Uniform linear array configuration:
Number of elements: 16
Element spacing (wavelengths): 0.75
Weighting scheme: blackman
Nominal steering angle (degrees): -45
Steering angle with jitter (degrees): -43.316
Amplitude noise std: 0.05
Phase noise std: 0.05

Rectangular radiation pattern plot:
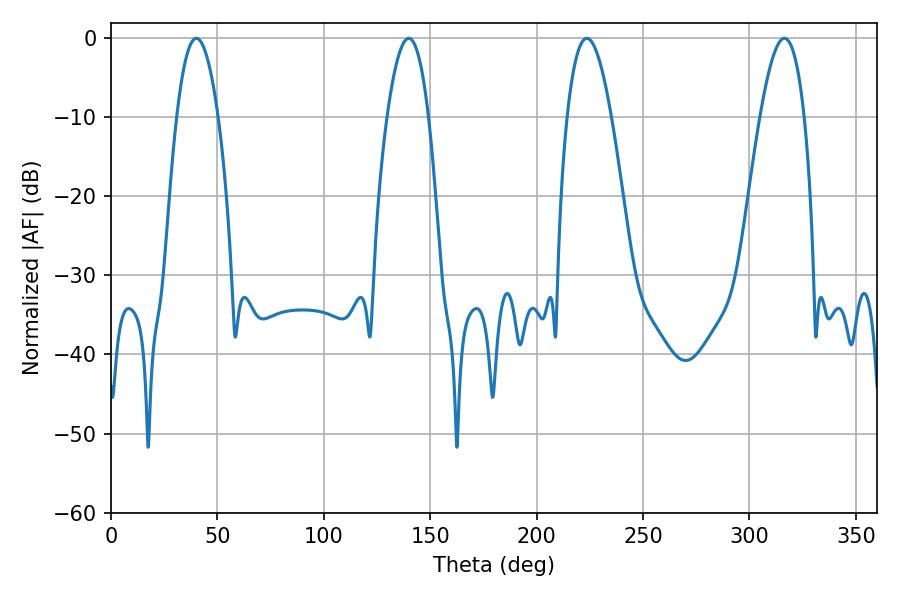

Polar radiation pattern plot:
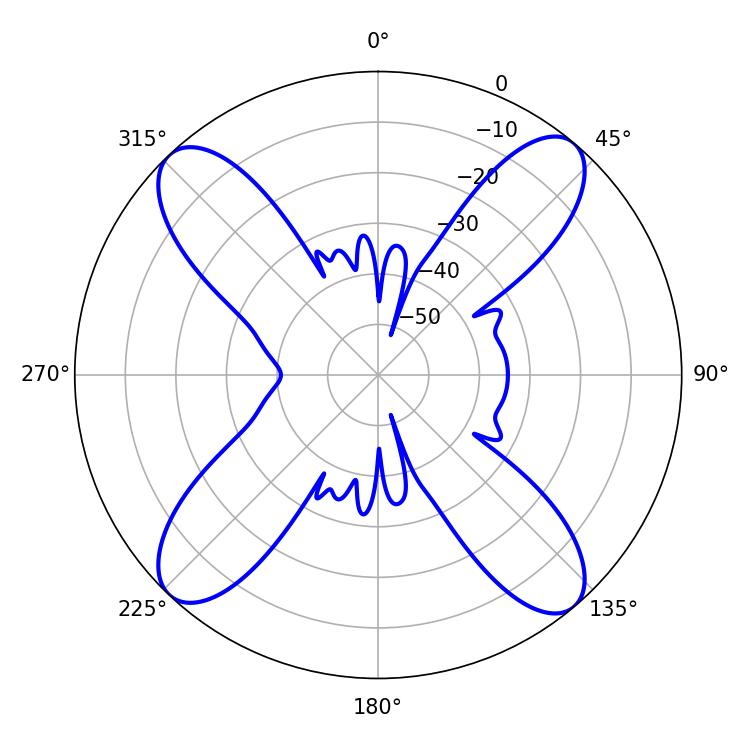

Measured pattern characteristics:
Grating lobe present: TRUE
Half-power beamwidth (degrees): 11.52
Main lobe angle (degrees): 223.56